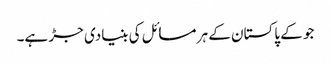
جو کے پاکستان کے ہر مسائل کی بنیادی جڑ ہے۔